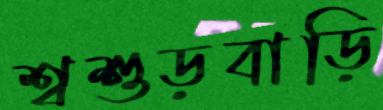
শ্বশুড়বাড়ি